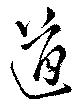
道